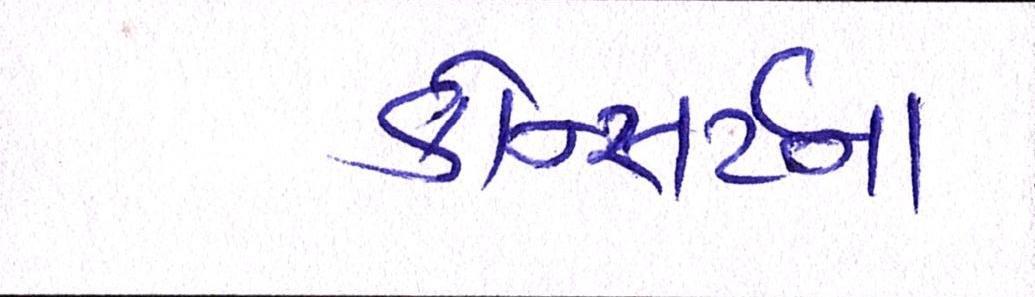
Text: કોન્સર્ટના